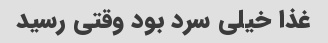
غذا خیلی سرد‌ بود وقتی رسید